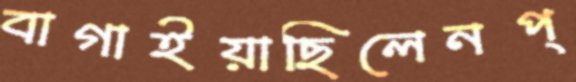
বাগাইয়াছিলেনপ্